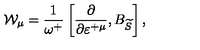
\mathcal { W } _ { \mu } = \frac 1 { \omega ^ { + } } \left[ \frac \partial { \partial \varepsilon ^ { + \mu } } , B _ { \widetilde { S } } \right] ,